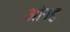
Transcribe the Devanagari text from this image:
ओगह